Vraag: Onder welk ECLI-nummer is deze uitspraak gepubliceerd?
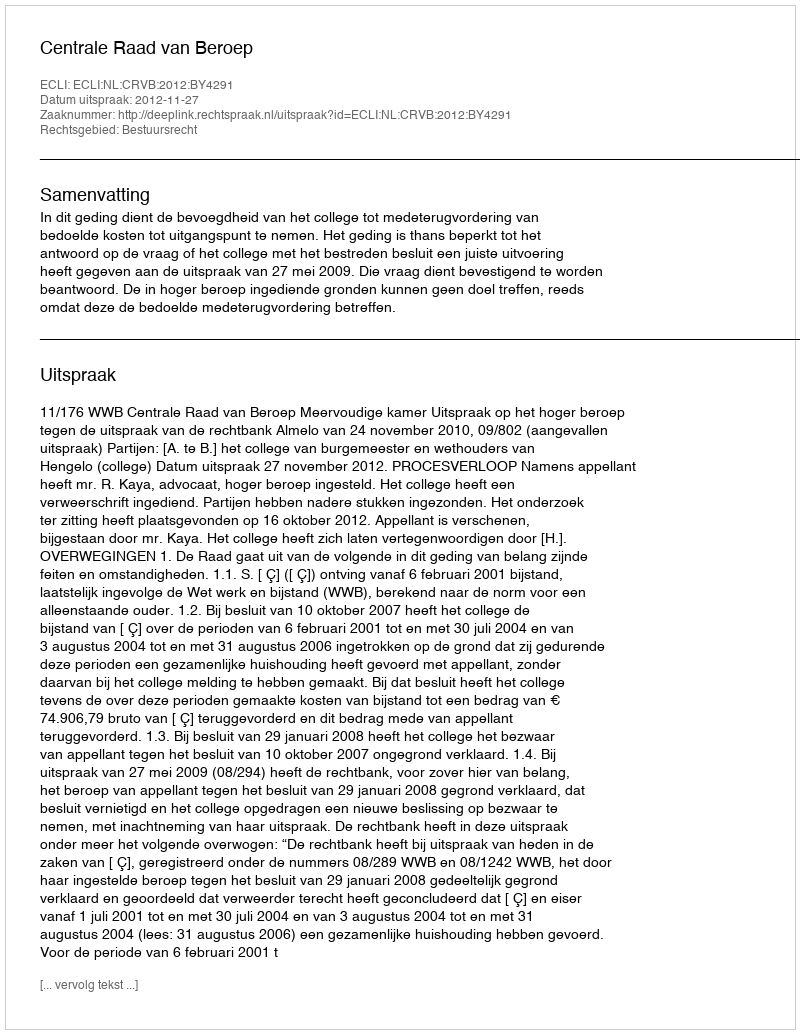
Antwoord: ECLI:NL:CRVB:2012:BY4291